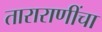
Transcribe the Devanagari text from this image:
ताराराणींचा